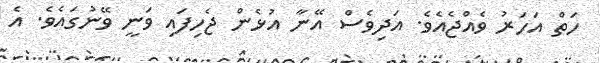
ހަތް އަހަރު ވެއްޖެއެވެ. އަދިވެސް އޭނާ އުޅެން ޖެހިފައި ވަނީ ވޭނުގައެވެ. އެ